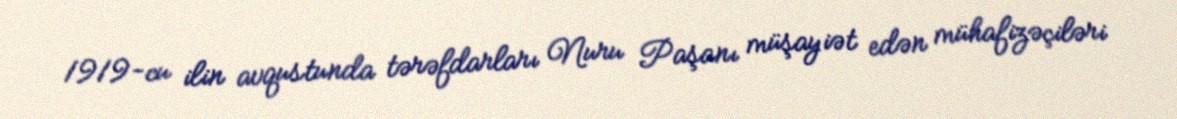
1919-cu ilin avqustunda tərəfdarları Nuru Paşanı müşayiət edən mühafizəçiləri